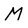
Character: M